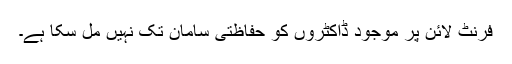
فرنٹ لائن پر موجود ڈاکٹروں کو حفاظتی سامان تک نہیں مل سکا ہے۔